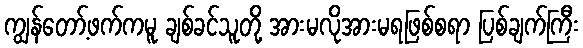
ကျွန်တော့်ဖက်ကမူ ချစ်ခင်သူတို့ အားမလိုအားမရဖြစ်စရာ ပြစ်ချက်ကြီး